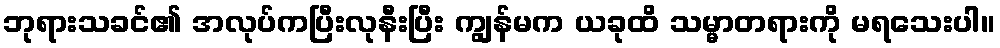
ဘုရားသခင်၏ အလုပ်ကပြီးလုနီးပြီး ကျွန်မက ယခုထိ သမ္မာတရားကို မရသေးပါ။